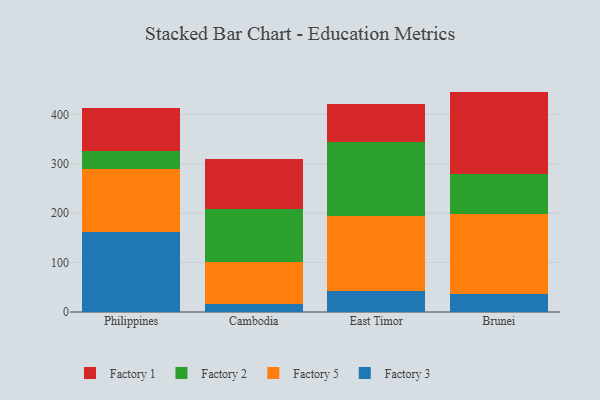
{"axis": {"x": "Country", "y": "Conversion Rate (%)"}, "legend": ["Factory 1", "Factory 2", "Factory 3", "Factory 5"], "data": [{"x": "Philippines", "y": 161.0, "type": "Factory 3"}, {"x": "Philippines", "y": 128.8, "type": "Factory 5"}, {"x": "Philippines", "y": 35.8, "type": "Factory 2"}, {"x": "Philippines", "y": 86.6, "type": "Factory 1"}, {"x": "Cambodia", "y": 17.2, "type": "Factory 3"}, {"x": "Cambodia", "y": 83.2, "type": "Factory 5"}, {"x": "Cambodia", "y": 108.0, "type": "Factory 2"}, {"x": "Cambodia", "y": 101.5, "type": "Factory 1"}, {"x": "East Timor", "y": 41.6, "type": "Factory 3"}, {"x": "East Timor", "y": 151.9, "type": "Factory 5"}, {"x": "East Timor", "y": 150.4, "type": "Factory 2"}, {"x": "East Timor", "y": 77.3, "type": "Factory 1"}, {"x": "Brunei", "y": 36.1, "type": "Factory 3"}, {"x": "Brunei", "y": 162.4, "type": "Factory 5"}, {"x": "Brunei", "y": 80.5, "type": "Factory 2"}, {"x": "Brunei", "y": 167.2, "type": "Factory 1"}]}